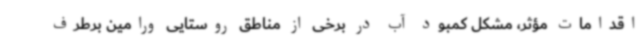
اقدامات مؤثر، مشکل کمبود آب در برخی از مناطق روستایی ورامین برطرف